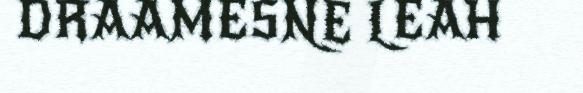
DRAAMESNE LEAH